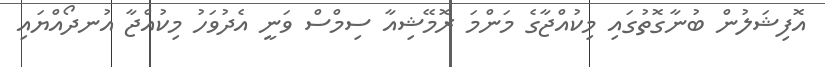
އޮފިޝަލުން ބުނާގޮތުގައި މިކުއްޖާގެ މަންމަ ރޮމޭޝިއާ ސިމްސް ވަނީ އެދުވަހު މިކުއްޖާ އުނދޯއްޔައި